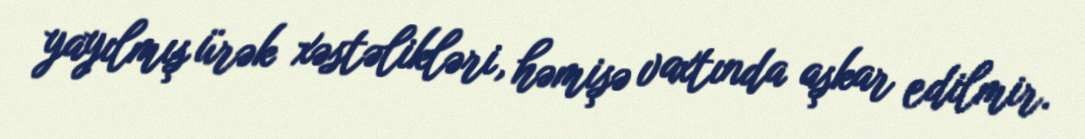
yayılmış ürək xəstəlikləri, həmişə vaxtında aşkar edilmir.